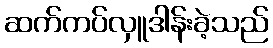
ဆက်ကပ်လှူဒါန်းခဲ့သည်